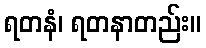
ရတနံ၊ ရတနာတည်း။